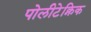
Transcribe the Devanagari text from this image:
पोलीटेक्निक